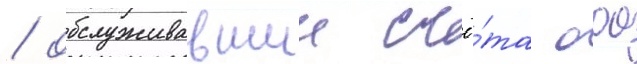
/ обслуживавшии счё́та оао